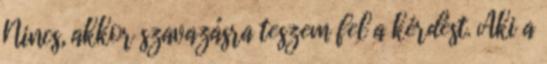
Nincs, akkor szavazásra teszem fel a kérdést. Aki a